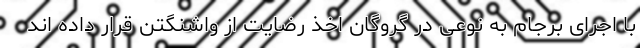
با اجرای برجام به نوعی در گروگان اخذ رضایت از واشنگتن قرار داده اند